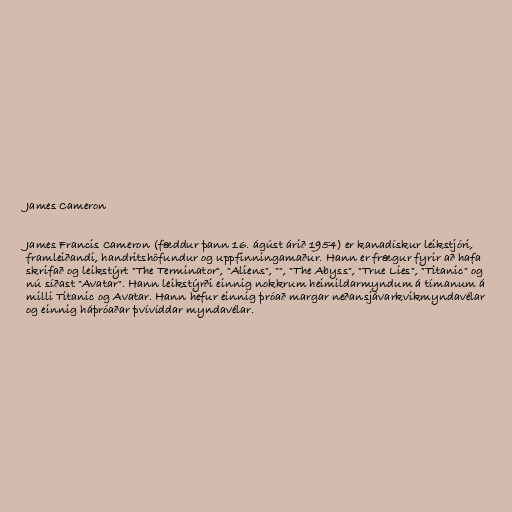
James Cameron

James Francis Cameron (fæddur þann 16. ágúst árið 1954) er kanadískur leikstjóri,
framleiðandi, handritshöfundur og uppfinningamaður. Hann er frægur fyrir að hafa
skrifað og leikstýrt "The Terminator", "Aliens", "", "The Abyss", "True Lies", "Titanic" og
nú síðast "Avatar". Hann leikstýrði einnig nokkrum heimildarmyndum á tímanum á
milli Titanic og Avatar. Hann hefur einnig þróað margar neðansjávarkvikmyndavélar
og einnig háþróaðar þvívíddar myndavélar.